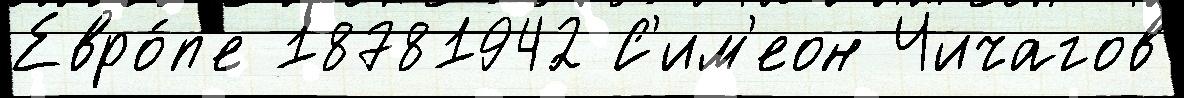
Евро́п'е 18781942 С'им'еон Чичагов